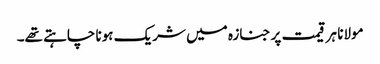
مولانا ہر قیمت پر جنازہ میں شریک ہونا چاہتے تھے۔